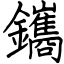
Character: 鑴